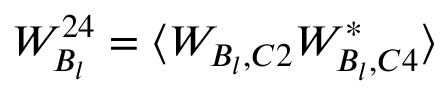
W _ { B _ { l } } ^ { 2 4 } = \langle W _ { B _ { l } , C 2 } W _ { B _ { l } , C 4 } ^ { * } \rangle